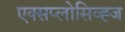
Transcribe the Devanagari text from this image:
एक्सप्लोसिव्ह्ज